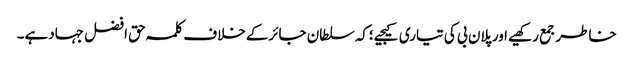
خاطرجمع رکھیے اورپلان بی کی تیاری کیجیے؛کہ سلطان جائرکے خلاف کلمہ حق افضل جہادہے۔